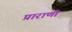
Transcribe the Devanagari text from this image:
प्राराणी